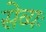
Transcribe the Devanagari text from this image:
सेव्यः